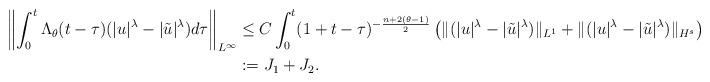
LaTeX: \begin{align*}\left\Vert \int_{0}^{t} \Lambda_{\theta}(t-\tau)(|u|^{\lambda}-|\tilde{u}|^{\lambda})d\tau\right\Vert_{L^{\infty}}& \leq C \int_{0}^{t} (1+t-\tau)^{-\frac{n+2(\theta-1)}{2}}\left(\Vert(|u|^{\lambda}-|\tilde{u}|^{\lambda})\Vert_{L^{1}}+\Vert(|u|^{\lambda}-|\tilde{u}|^{\lambda})\Vert_{H^{s}}\right)d\tau \\&:=J_1+J_2.\end{align*}